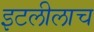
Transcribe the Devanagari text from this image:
इटलीलाच